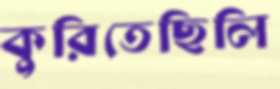
কুরিতেছিলি